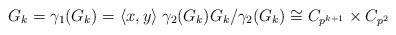
LaTeX: \begin{align*} G_k = \gamma_1(G_k) = \langle x,y \rangle \; \gamma_2(G_k) G_k/\gamma_2(G_k) \cong C_{p^{k+1}} \times C_{p^2} \end{align*}